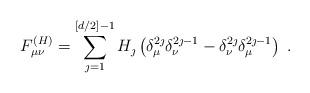
LaTeX: \begin{align*}F^{(H)}_{\mu \nu} = \sum_{\jmath=1}^{[d/2]-1} H_\jmath \left(\delta_\mu^{2\jmath}\delta_{\nu}^{2\jmath-1} - \delta^{2\jmath}_\nu \delta_\mu^{2\jmath-1}\right)\;.\end{align*}